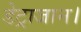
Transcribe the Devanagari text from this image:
डेट्राजान।